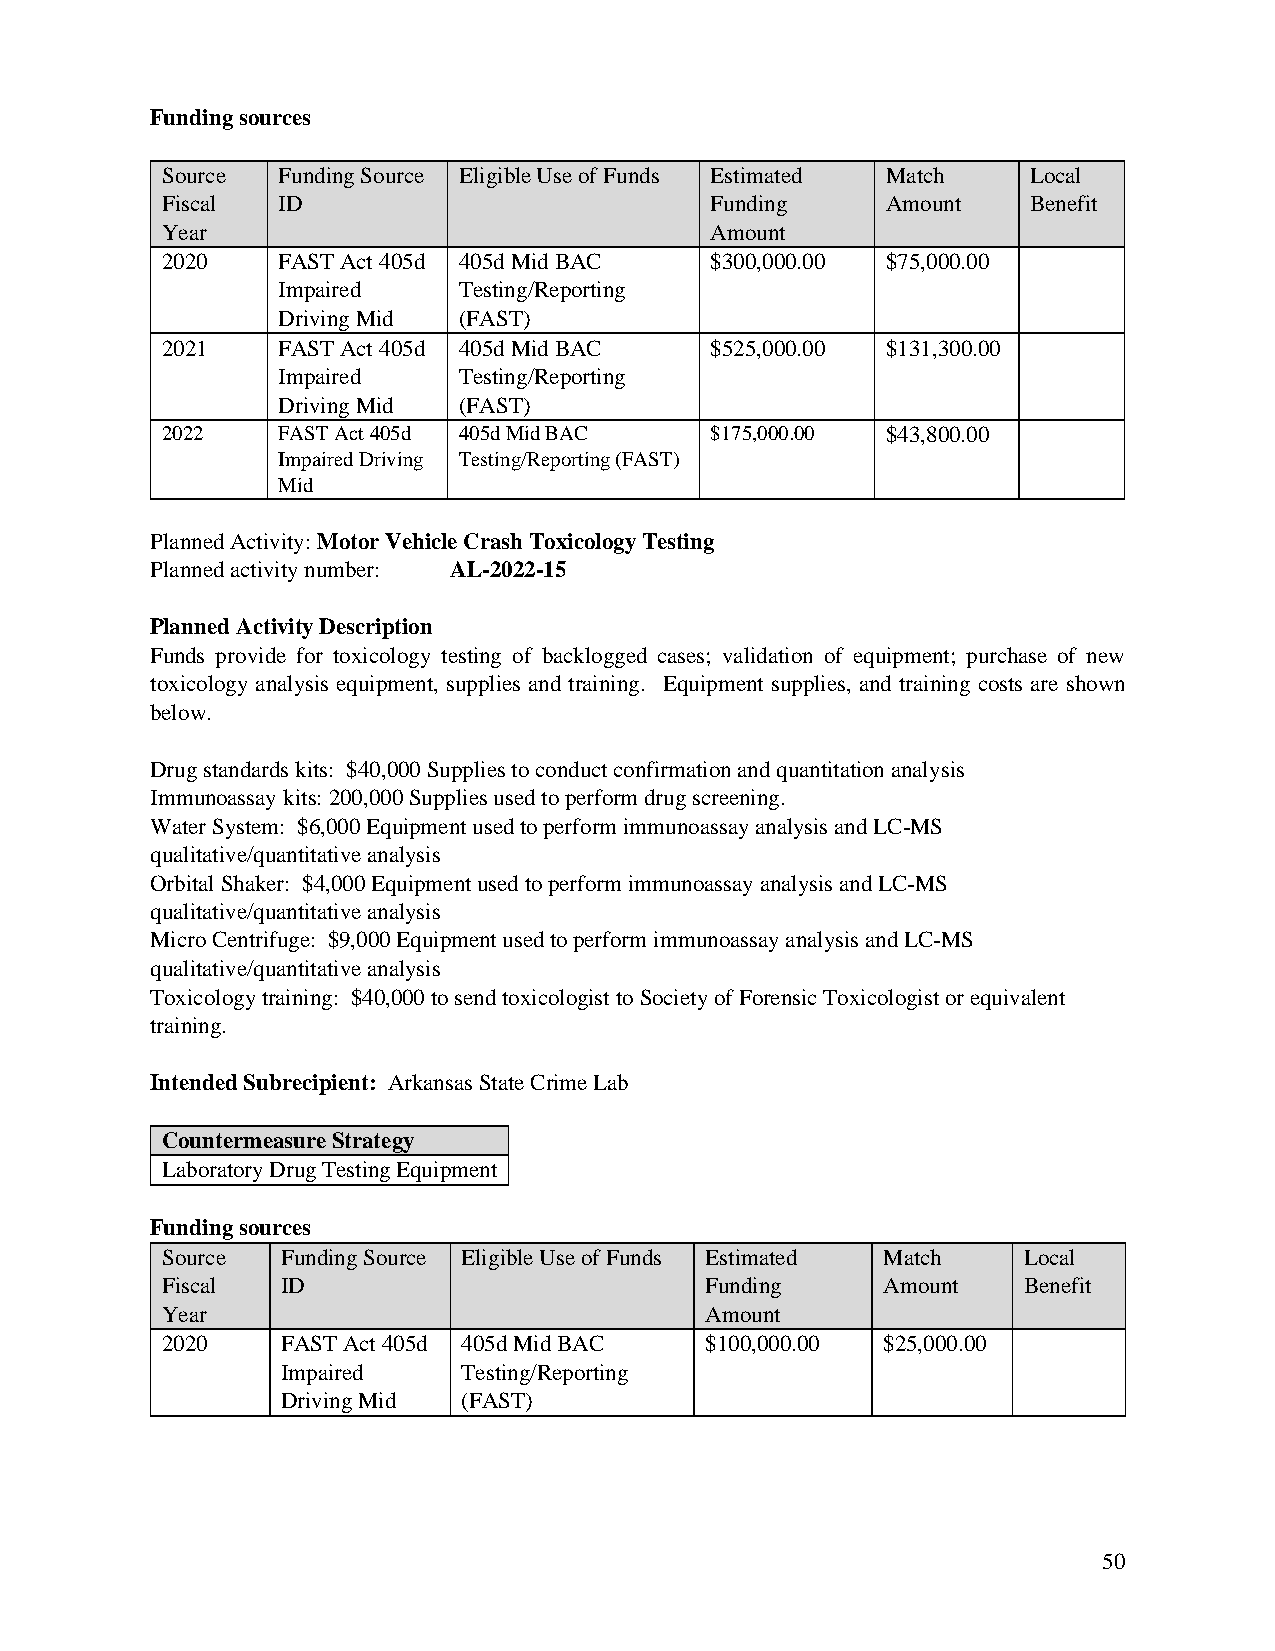
Funding sources
 Source Funding Source Eligible Use of Funds Estimated Match Local
 Fiscal ID                           Funding     Amount   Benefit
 Year                                Amount
 2020   FAST Act 405d 405d Mid BAC   $300,000.00 $75,000.00
 Impaired    Testing/Reporting
 Driving Mid (FAST)
 2021   FAST Act 405d 405d Mid BAC   $525,000.00 $131,300.00
 Impaired    Testing/Reporting
 Driving Mid (FAST)
 2022   FAST Act 405d 405d Mid BAC   $175,000.00 $43,800.00
 Impaired Driving Testing/Reporting (FAST)
 Mid
 Planned Activity: Motor Vehicle Crash Toxicology Testing
 Planned activity number: AL-2022-15
 Planned Activity Description
 Funds provide for toxicology testing of backlogged cases; validation of equipment; purchase of new
 toxicology analysis equipment, supplies and training. Equipment supplies, and training costs are shown
 below.
 Drug standards kits: $40,000 Supplies to conduct confirmation and quantitation analysis
 Immunoassay kits: 200,000 Supplies used to perform drug screening.
 Water System: $6,000 Equipment used to perform immunoassay analysis and LC-MS
 qualitative/quantitative analysis
 Orbital Shaker: $4,000 Equipment used to perform immunoassay analysis and LC-MS
 qualitative/quantitative analysis
 Micro Centrifuge: $9,000 Equipment used to perform immunoassay analysis and LC-MS
 qualitative/quantitative analysis
 Toxicology training: $40,000 to send toxicologist to Society of Forensic Toxicologist or equivalent
 training.
 Intended Subrecipient: Arkansas State Crime Lab
 Countermeasure Strategy
 Laboratory Drug Testing Equipment
 Funding sources
 Source  Funding Source Eligible Use of Funds Estimated Match Local
 Fiscal  ID                          Funding    Amount    Benefit
 Year                                Amount
 2020    FAST Act 405d 405d Mid BAC  $100,000.00 $25,000.00
 Impaired    Testing/Reporting
 Driving Mid (FAST)
 50